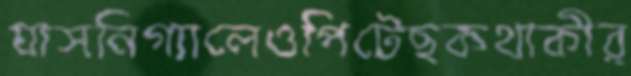
যাসনিগ্যালেওপিটেছকথাকীর্